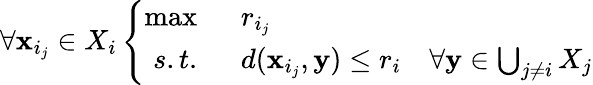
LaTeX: \forall\mathbf{x}_{i_{j}}\in X_{i}\left\{ \begin{array}{rl}{\operatorname*{max}\; \; }&{{}{r_{i_{j}}}}\\ {s.t.\; \; }&{{}d(\mathbf{x}_{i_{j}},\mathbf{y})\leq r_{i}\quad\forall\mathbf{y}\in\bigcup_{j\neq i}X_{j}}\end{array}\right.